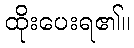
ထိုးပေးရ၏။